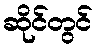
ဆိုင်တွင်